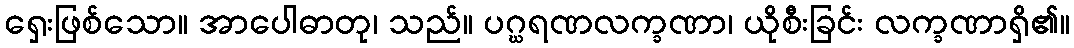
ရှေးဖြစ်သော။ အာပေါဓာတု၊ သည်။ ပဂ္ဃရဏလက္ခဏာ၊ ယိုစီးခြင်း လက္ခဏာရှိ၏။